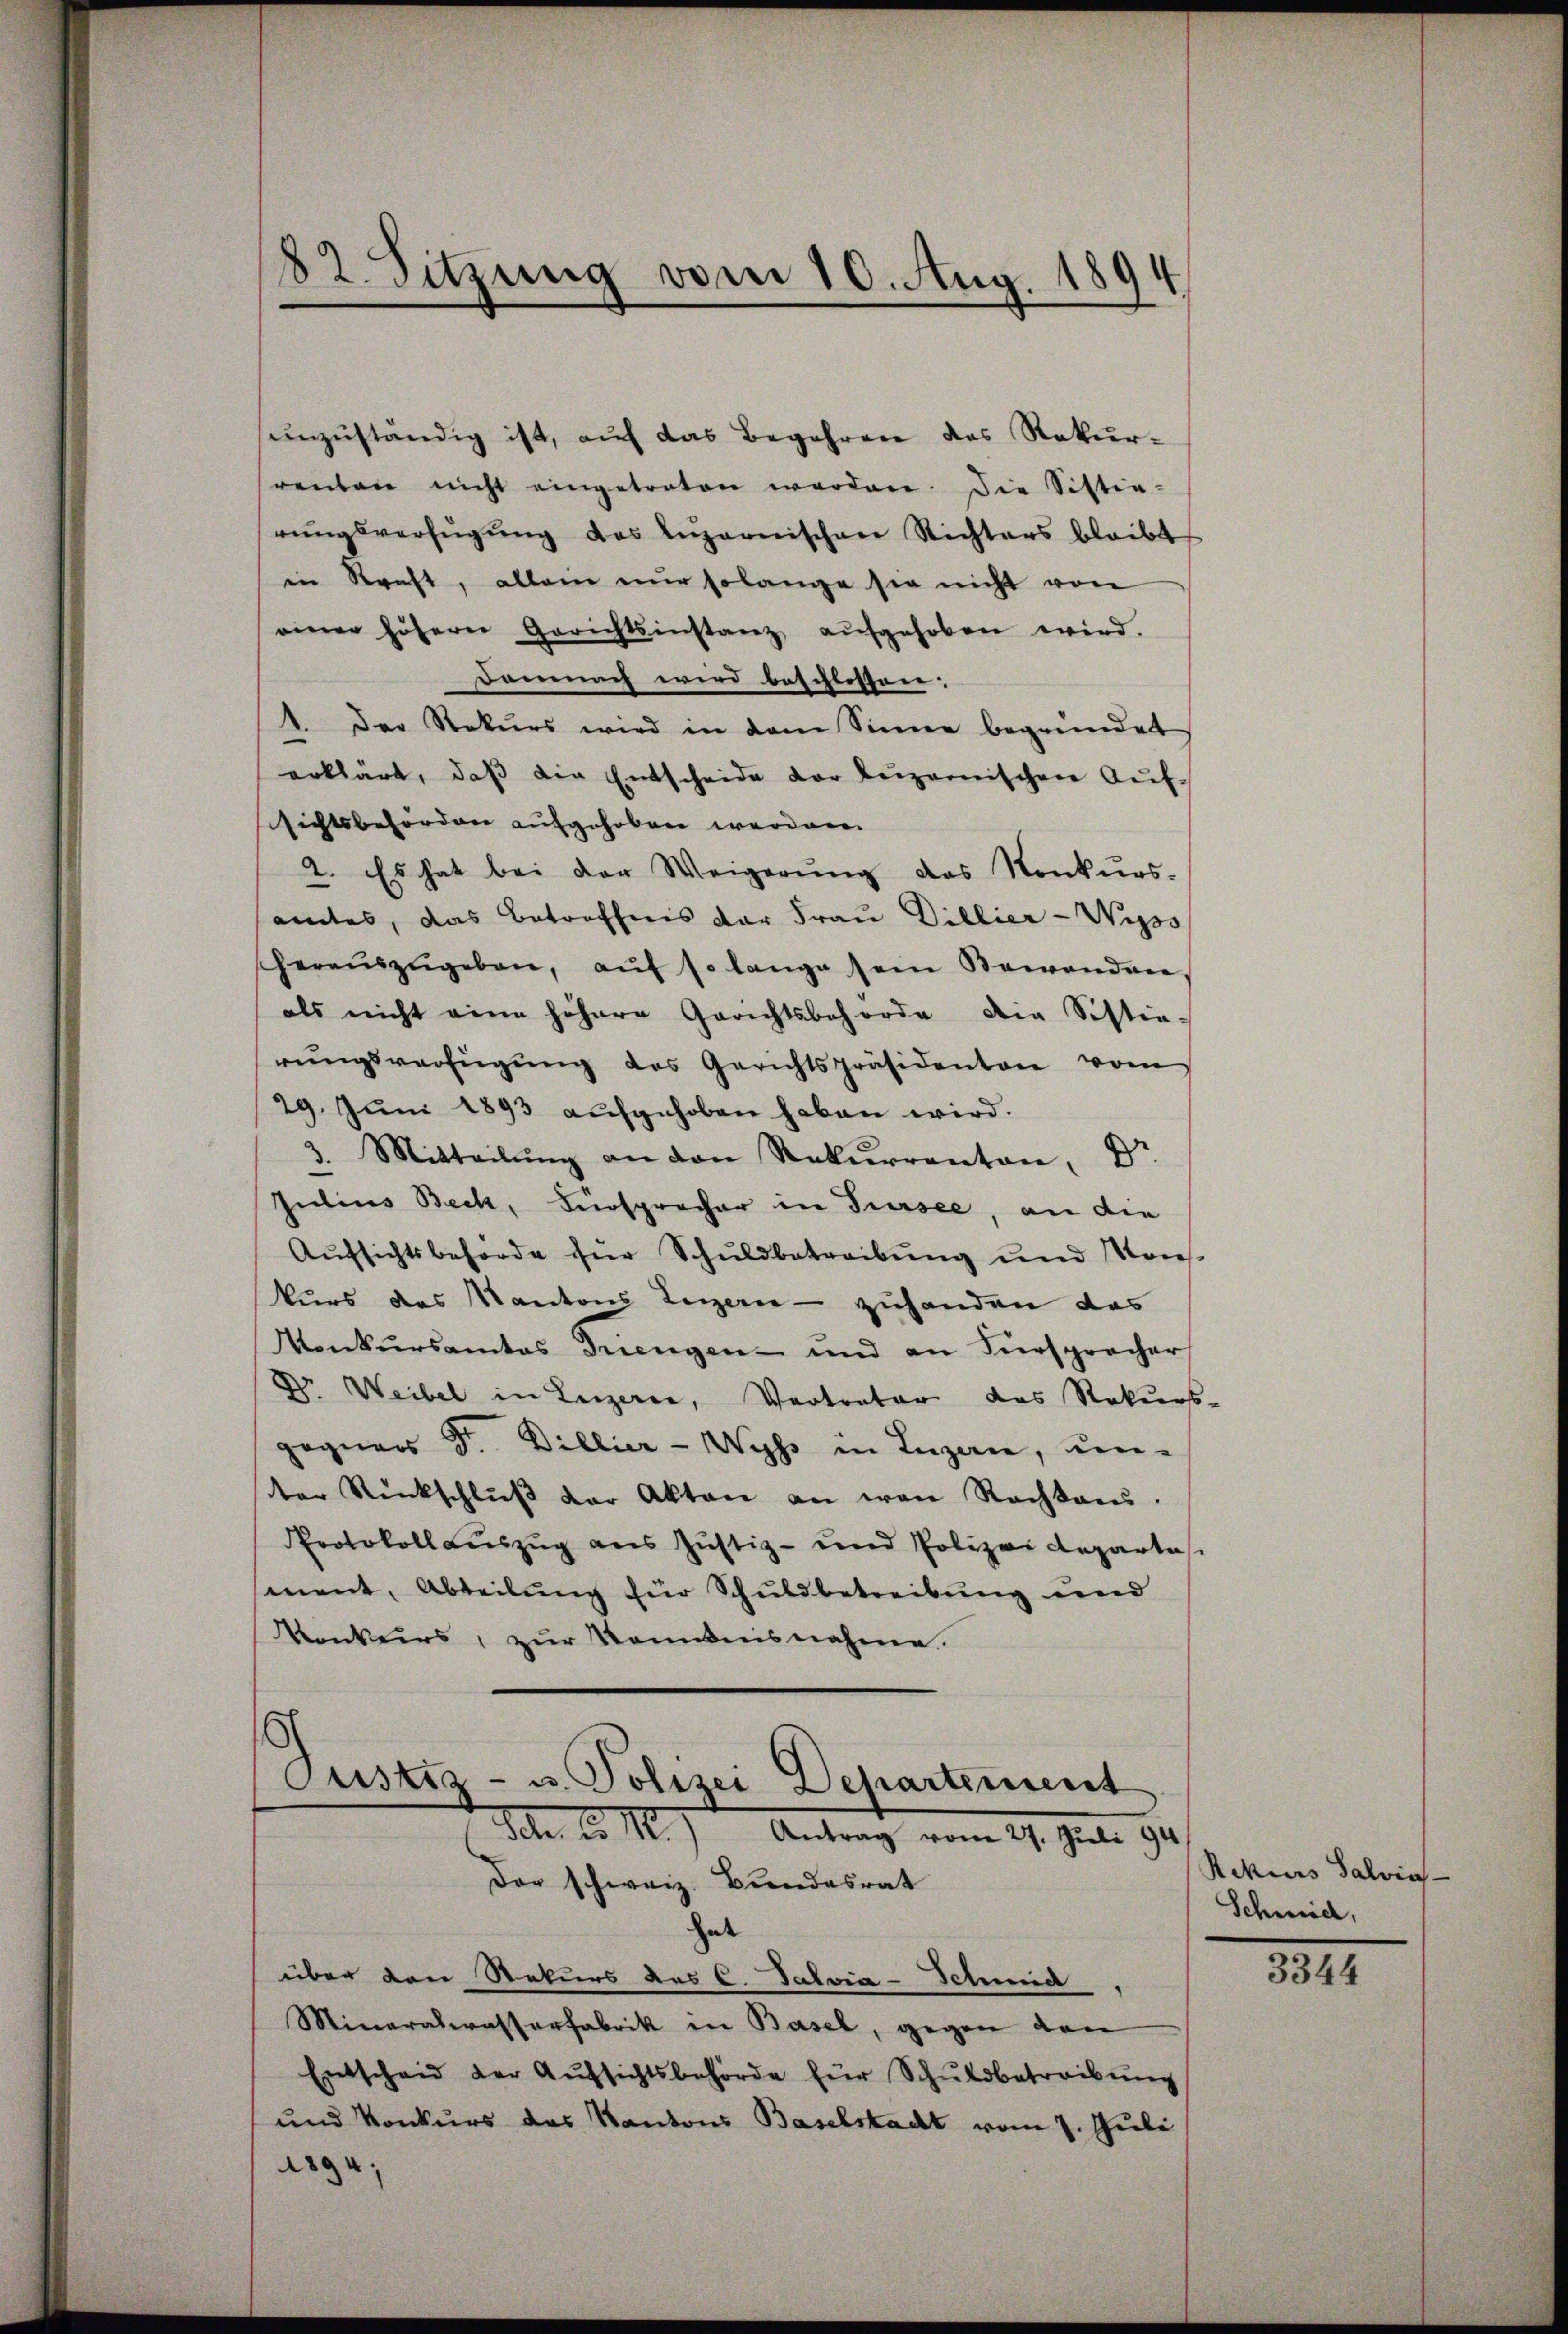
82. Sitzung vom 10. Aug. 1894

ŭnzŭständig ist, aŭf das Begehren des Rekŭr-
renten nicht eingetreten werden. Die Sistia-
rŭngsverfügŭng des Luzernischen Richters bleibt
in Kraft, allein nŭr solange sie nicht von
einer höhern Gerichtsinstanz aŭfgehoben wird.
damnach wird beschlossen.
1. Der Rekurs wird in dem Sinne begründet
erklärt, daβ die Entscheide der Luzernischen Auf-
sichtsbehörden aufgehoben werden.
2. Es hat bei der Weigerŭng das Konkurs-
amtes, das Betreffnis der Frau Dillier-Wipso
sheraŭszŭgeben, aŭf so lange sein Bewanden,
als nicht eine höhere Gerichtsbehörde die Sistie-
rŭngsverfügŭng des Gerichtspräsidenten vom
29. Juni 1893 aufgehoben haben wird.
3. Mitteilŭng an den Rekurrenton, Dr
Julius Beck, Fürsprecher in Sursee, an die
Aŭfsichtsbehörde für Schuldbetreibŭng und Kons-
kurs das Kantons Legern - zuhanden das
Konkŭrsamtes Triengen- und an Fürspracher
Dr Weibel in Luzerer, Vertrator das Rekurs-
gegners Dr. Billier-Wyss in Luzern, um-
ter Rückschlŭβ der Akten an von Rachkam.
Protokoll auszug aus Justiz- und Polizei Reparte
ment, Abteilung für Schuldbetreibung und
konkurs, zur Kommnisnahme.

Justiz- u. Polizei Departement
Fehr ko M.) Antrag vom 29. Juli 191

Der schweiz. Bundesrat
hat
über den Rekurs des C. Salvia-Schmid
Mineralerasserfabrik in Basel, gegen den
Entscheid der Aŭfsichtsbehörde für Schuldbetreibŭng
und Konkurs des Kantons Baselstacht vom 7. Juli
1894;

Rekurs Salvias.
Schmid,

3344